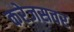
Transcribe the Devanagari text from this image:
करेजसवर